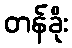
တန်ခိုး